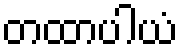
တထာပါယံ